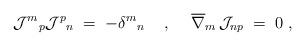
LaTeX: \begin{align*}{\mathcal{J}^{m}}_{p}{\mathcal{J}^{p}}_{n} \;=\; -{\delta^{m}}_{n} \hspace{.5cm},\hspace{.5cm}\overline{\nabla}_{m}\, \mathcal{J}_{np}\;=\; 0 \; ,\end{align*}